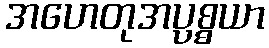
အဟေတုအပ္ပစ္စယာ